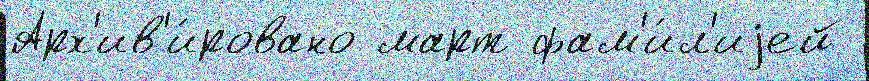
Арх'ив'и́ровано март фам'и́л'иjей